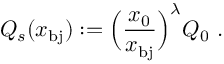
Q _ { s } ( x _ { \mathrm { b j } } ) : = \Big ( \frac { x _ { 0 } } { x _ { \mathrm { b j } } } \Big ) ^ { \lambda } Q _ { 0 } \ .